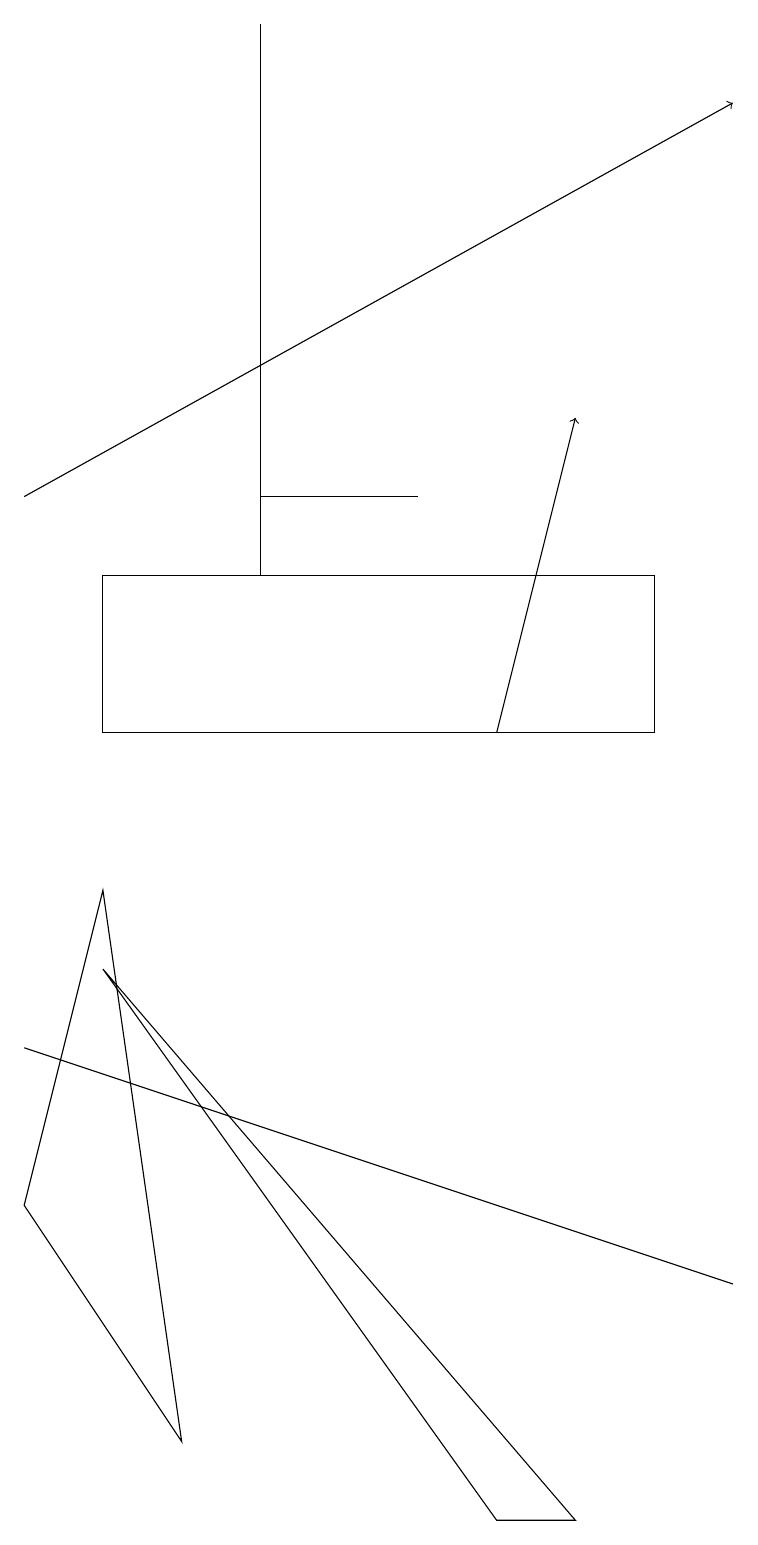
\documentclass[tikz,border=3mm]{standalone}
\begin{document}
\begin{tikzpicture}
\draw (1,8) -- (0,4) -- (2,1) -- cycle;
\draw (0,6) -- (0,6) -- (9,3) -- cycle;
\draw[->] (6,10) -- (7,14);
\draw (3,19) rectangle (3,12);
\draw (8,12) rectangle (1,10);
\draw (7,0) -- (1,7) -- (6,0) -- cycle;
\draw[->] (0,13) -- (9,18);
\draw (3,13) rectangle (5,13);
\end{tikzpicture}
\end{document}